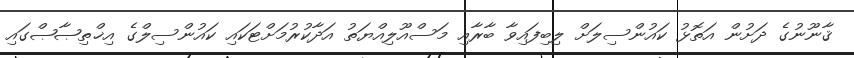
ޤާނޫނުގެ ދަށުން އަތޮޅު ކައުންސިލަށް ލިބިފައިވާ ބާރާއި މަސްއޫލިއްޔަތު އަދާކުރުމަށްޓަކައި ކައުންސިލްގެ އިޚްތިޞާޞްގައި